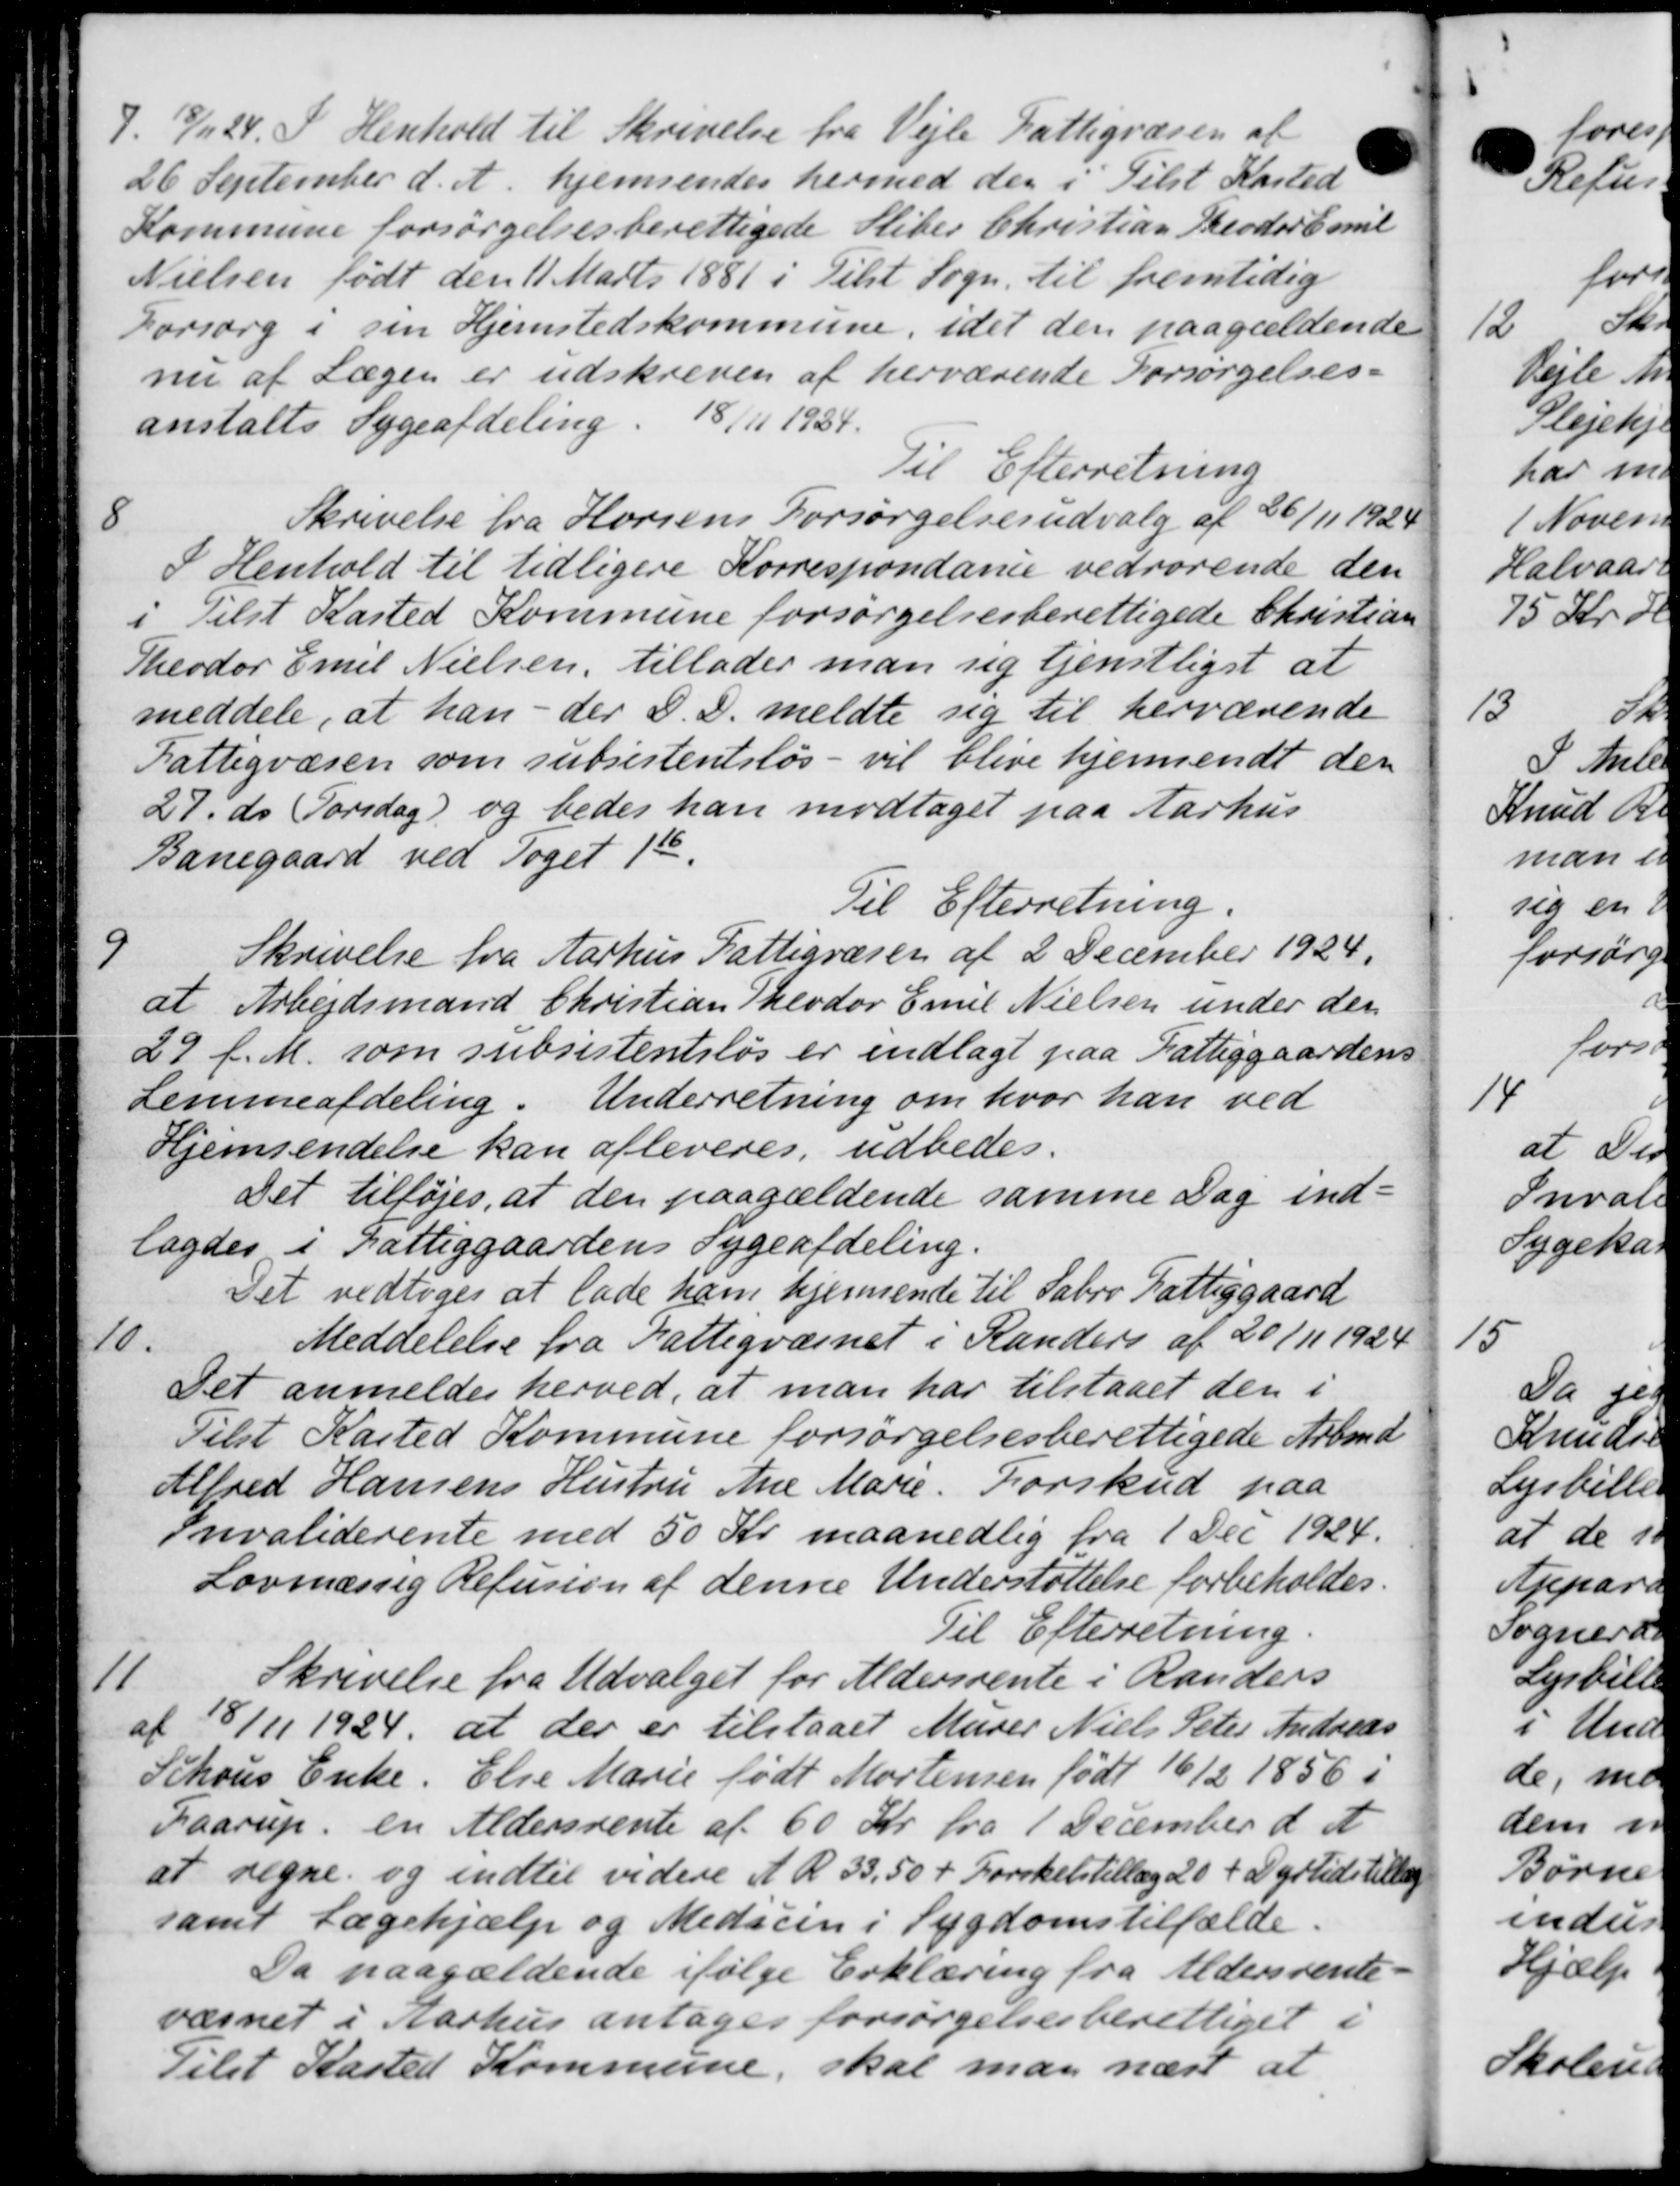
Transskription:
7.
8/11 24. I Henhold til Skrivelse fra Vejle Fattigvæsen af
26 September d. A. hjemsendes hermed der i Tilst Kasted
Kommune forsørgelsesberettigede Sliber Christian Theodor Emil
Nielsen født den 11 Marts 1881 i Tilst Sogn. til fremtidig
Forsorg i sin Hjemstedskommune, idet den paagældende
nu af Lægen er udskreven af herværende Forsørgelses-
anstalts Sygeafdeling. 18/11 1934.
Til Efterretning
8
Skrivelse fra Horsens Forsørgelsesudvalg af 26/11 1924
I Henhold til tidligere Korrespondance vedrørende den
i Tilst Kasted Kommune forsørgelsesberettigede Christian
Theodor Emil Nielsen, tillader man sig tjenstligst at
meddele, at han - der D. D. meldte sig til herværende
Fattigvæsen som subsistentsløs - vil blive hjemsendt der
27. ds Torsdag) og bedes han modtaget paa Aarhus
Banegaard ved Toget 1st
Til Efterretning.

Skrivelse fra Aarhus Fattigvæsen af 2 December 1924.
at Arbejdsmand Christian Theodor Emil Nielsen under den
29 f. M. som subsistentsløs er indlagt paa Fattiggaardens
Lemmeafdeling. Underretning om hvor han ved
Hjemsendelse kan afleveres, udbedes.
Det tilføjes, at den paagældende samme Dag ind-
lagdes i Fattiggaardens Sygeafdeling.
Det vedtoges at lade ham hjemsende til Sabro Fattiggaard
10.
Meddelelse fra Fattigvæsnet i Randers af 20/11 1924
Det anmeldes herved, at man har tilstaaet den i
Tilst Kasted Kommune forsørgelsesberettigede Arbmd.
Alfred Hansens Hustru Ane Marie. Forskud paa
Invaliderente med 50 Kr. maanedlig fra 1 Dec. 1924.
Lovmæssig Refusion af denne Understøttelse forbeholdes
Til Efterretning
11
Skrivelse fra Udvalget for Aldersrente i Randers
af 18/11 1924, at der er tilstaaet Murer Niels Peter Andreas
Schous Enke. Else Marie født Mortensen født 16/2 1856 i
Faarup en Aldersrente af 60 kr. fra 1 December d. A
at regne og indtil videre A R 33,50 + Forskelstillæg 20 + Dyrtidstillæg
samt Lægehjælp og Medicin i Sygdomstilfælde.
Da paagældende ifølge Erklæring fra Aldersrente
væsnet i Aarhus antages forsørgelsesberettiget i
Tilst Kasted Kommune, skal man næst at